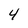
Character: 4